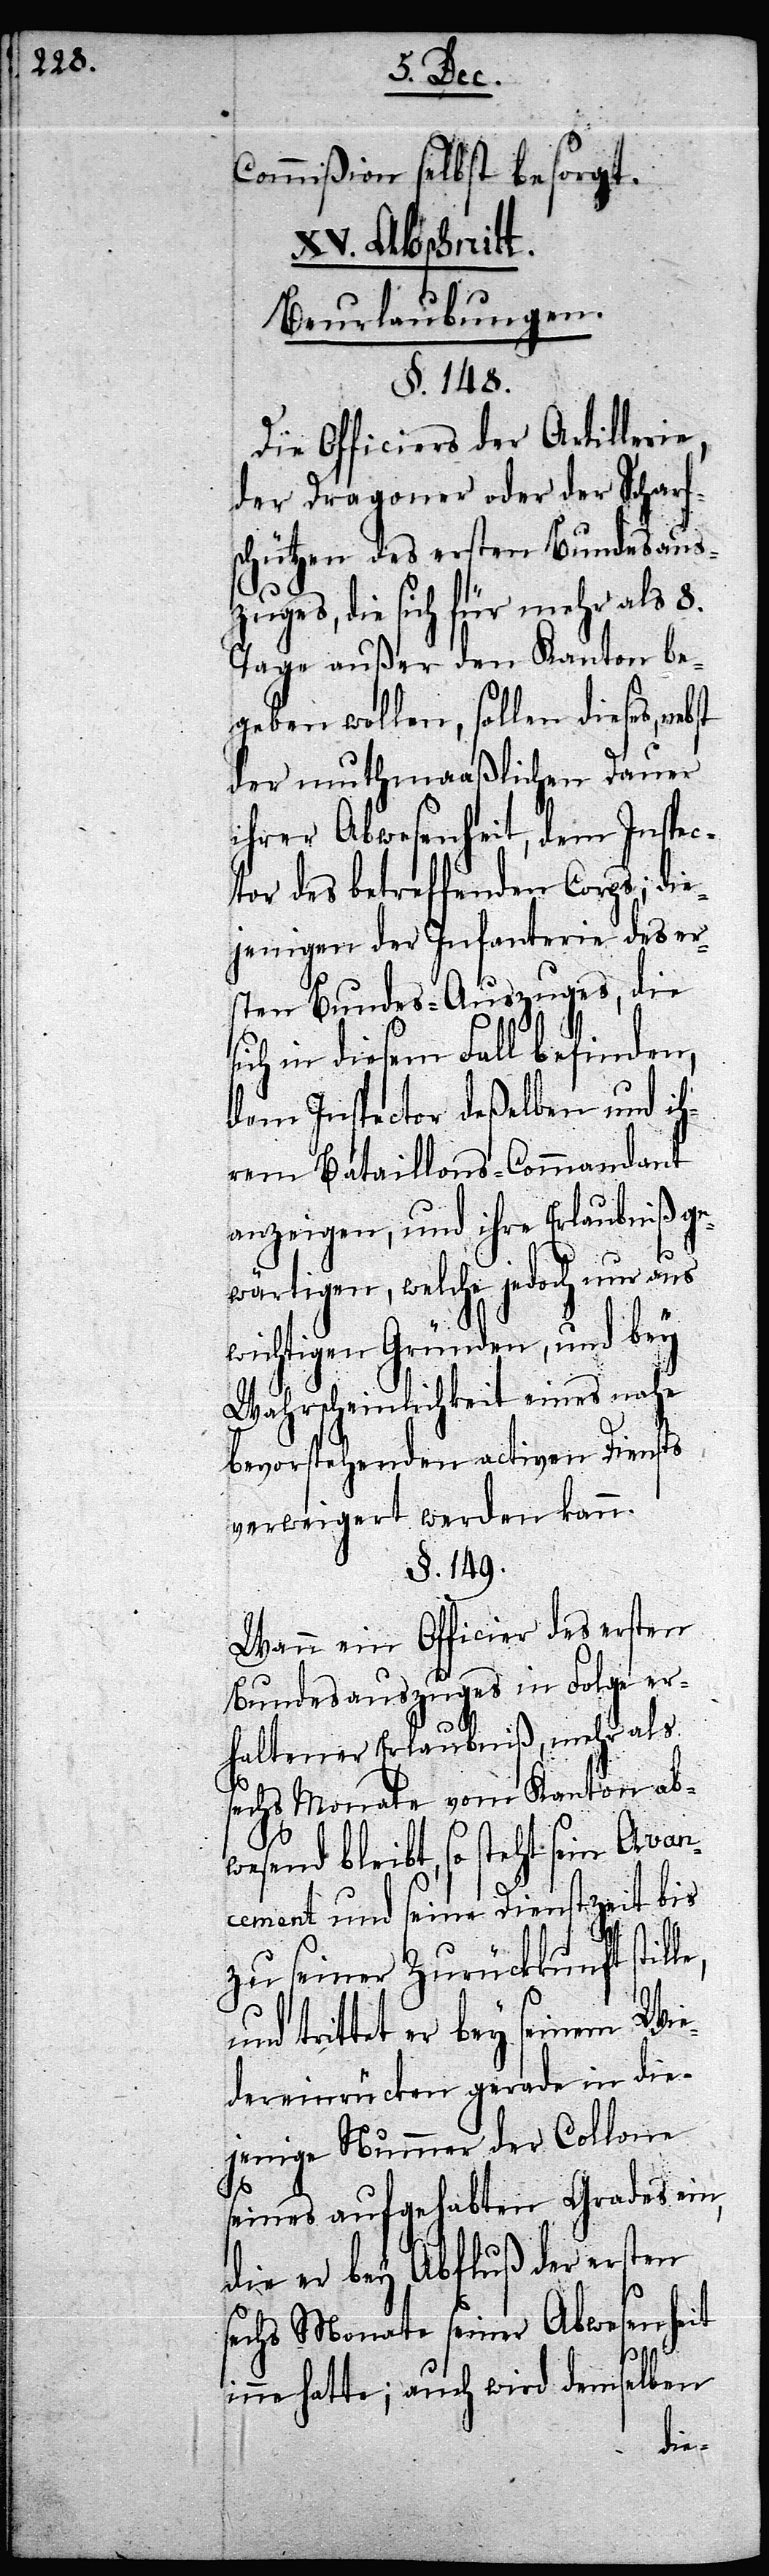
Commißion selbst besorgt.
XV. Abschnitt.
Beurlaubungen.
§. 148.
Die Officiers der Artillerie,
der Dragoner oder der Scharf¬
schützen des ersten Bundesaus¬
zuges, die sich für mehr als 8.
Tage außer den Kanton be¬
geben wollen, sollen dieses, neb¬
der muthmaaßlichen Dauer
ihrer Abwesenheit, dem Inspec¬
tor des betreffenden Corps; die¬
jenigen der Infanterie des er¬
sten Bundes-Auszuges, die
ch in diesem Fall befinden,
dem Inspector deßelben und ih¬
rem Bataillons-Commandant
anzeigen, und ihre Erlaubniß ge¬
wärtigen, welche jedoch nur aus
wichtigen Gründen, und bey
Wahrscheinlichkeit eines nahe
bevorstehenden activen Diensts
verweigert werden kann.
§. 149.
Wann ein Officier des ersten
Bundesauszuges in folge er¬
haltener Erlaubniß, mehr als
sechs Monate vom Kanton ab¬
wesend bleibt, so steht sein Avan¬
cement und seine Dienstzeit bis
zu seiner Zurückkunft stil¬
und trittet er bey seinem Wie¬
dereinrücken gerade in die¬
jenige Nummer der Collone
seines aufgehabten Grades ein,
die er bey Abfluß der ersten
sechs Monate seiner Abwesenheit
st
inne hatte; auch wird demselben
le,